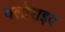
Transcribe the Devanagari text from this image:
क्लोराइद